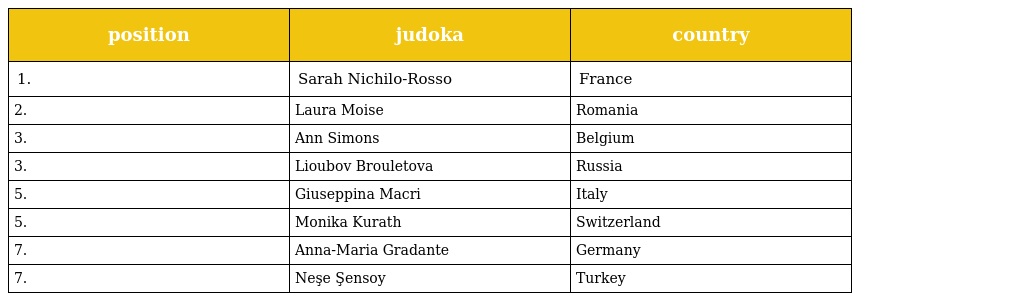
| position | judoka | country |
 | --- | --- | --- |
 | 1. | Sarah Nichilo-Rosso | France |
 | 2. | Laura Moise | Romania |
 | 3. | Ann Simons | Belgium |
 | 3. | Lioubov Brouletova | Russia |
 | 5. | Giuseppina Macri | Italy |
 | 5. | Monika Kurath | Switzerland |
 | 7. | Anna-Maria Gradante | Germany |
 | 7. | Neşe Şensoy | Turkey |